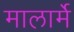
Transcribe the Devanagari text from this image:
मालार्मे